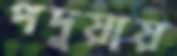
পদুয়ায়